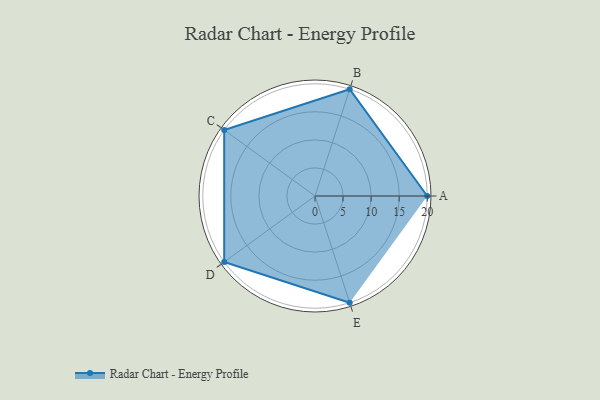
{"axis": {"x": "Skill", "y": "Score"}, "legend": ["Profile"], "data": [{"x": "A", "y": 20, "type": "Profile"}, {"x": "B", "y": 20, "type": "Profile"}, {"x": "C", "y": 20, "type": "Profile"}, {"x": "D", "y": 20, "type": "Profile"}, {"x": "E", "y": 20, "type": "Profile"}]}